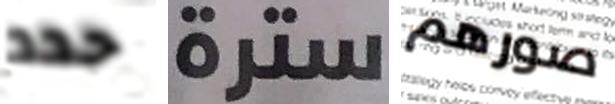
حدد سترة صورهم